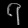
Digit: ၇